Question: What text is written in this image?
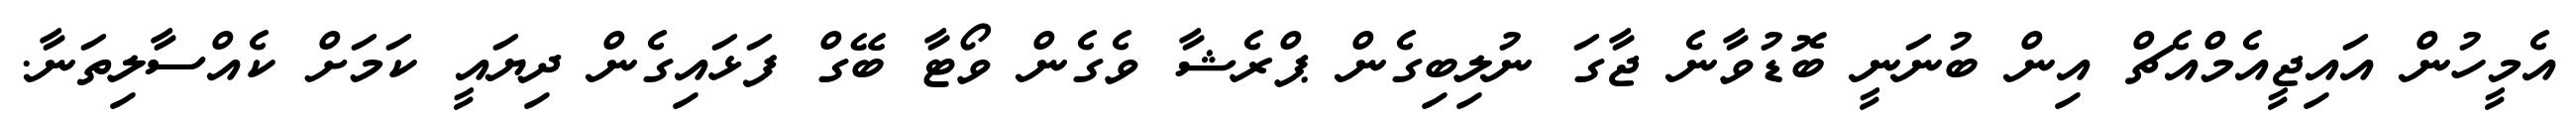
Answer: އެމީހުން އައިޖީއެމްއެޗް އިން ބުނަނީ ބޮޑުވާނެ ޖާގަ ނުލިބިގެން ޕްރެޝާ ވެގެން ވޯޓާ ބޭގް ފަޅައިގެން ދިޔައީ ކަމަށް ކެއްސާލިތަނާ.